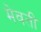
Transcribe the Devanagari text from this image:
मेवती